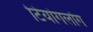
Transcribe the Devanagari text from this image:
टियांगलोंग